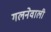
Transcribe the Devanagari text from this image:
गलनेवाली